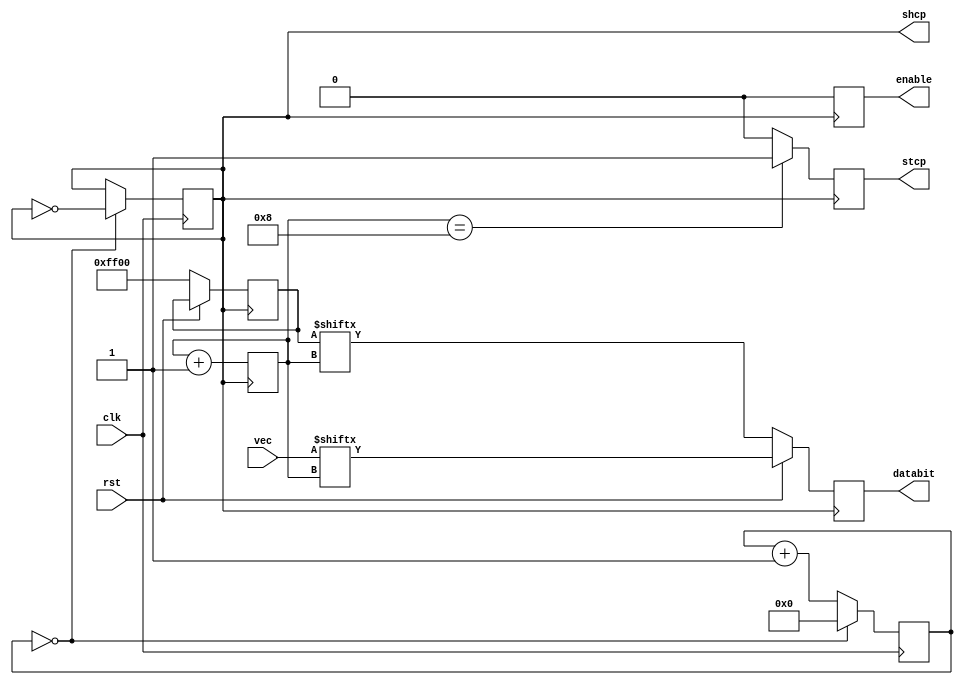
module outctrl (
    input wire clk,
    input wire rst,
	 input wire [15:0]vec,
    output reg enable,
    output reg databit,
    output wire shcp,
    output reg stcp
);

    reg [3:0] cnt_clk_16;
    reg flag_cnt_clk_16;

    always @(negedge clk) begin
			if (cnt_clk_16 == 4'b0000) begin  
				 cnt_clk_16 <= 0;               
				 flag_cnt_clk_16 <= ~flag_cnt_clk_16;          
			end else begin
				 cnt_clk_16 <= cnt_clk_16 + 1;
			end
    end

reg [3:0] index;

assign shcp=flag_cnt_clk_16;

always @(posedge flag_cnt_clk_16) begin
		 enable<=0;
		 index<=index+1'b1;
		 if(index==4'b1000)
			stcp<=1'b1;
		 else
			stcp<=1'b0;		
end

reg [15:0]ShowAll;
always @(negedge flag_cnt_clk_16) begin
	if(rst==0)begin
		ShowAll<=16'hFF00;
		databit<=ShowAll[index];
	end
	else begin
		databit<=vec[index];
	 end
end

endmodule